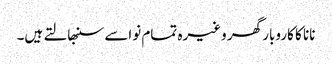
نانا کا کاروبار گھر وغیرہ تمام نواسے سنبھالتے ہیں۔